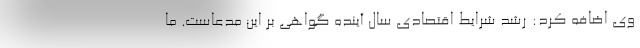
وی اضافه کرد: رشد شرایط اقتصادی سال آینده گواهی بر این مدعاست. ما